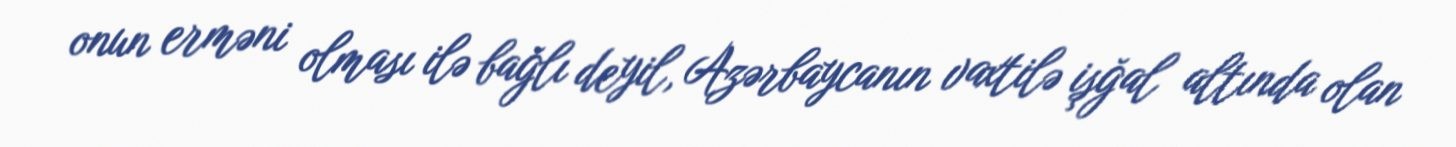
onun erməni olması ilə bağlı deyil, Azərbaycanın vaxtilə işğal altında olan